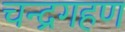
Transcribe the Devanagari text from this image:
चन्द्रगहण